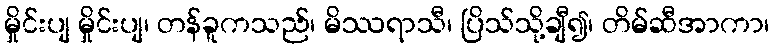
မှိုင်းပျ မှိုင်းပျ၊ တန်ခူကသည်၊ မိဿရာသီ၊ ပြိသ်သို့ချီ၍၊ တိမ်ဆီအာကာ၊